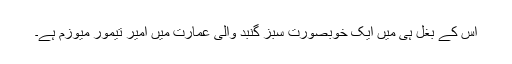
اس کے بغل ہی میں ایک خوبصورت سبز گنبد والی عمارت میں امیر تیمور میوزم ہے۔